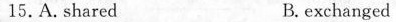
15.A.shared B.exchanged